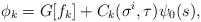
LaTeX: \begin{align*}\phi_k = G[f_k] + C_k(\sigma^i, \tau) \psi_0(s),\end{align*}